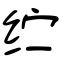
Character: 纻